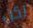
لكن